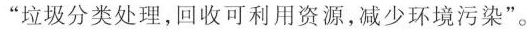
”垃圾分类处理，回收可利用资源，减少环境污染”。